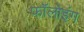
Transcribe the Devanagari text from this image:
फॉलोइंग